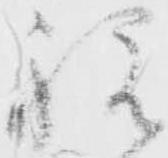
祝